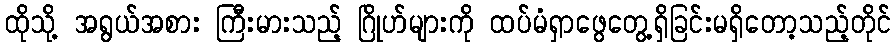
ထိုသို့ အရွယ်အစား ကြီးမားသည့် ဂြိုဟ်များကို ထပ်မံရှာဖွေတွေ့ရှိခြင်းမရှိတော့သည့်တိုင်